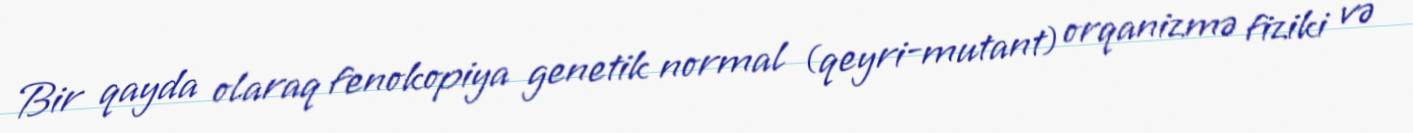
Bir qayda olaraq fenokopiya genetik normal (qeyri-mutant) orqanizmə fiziki və